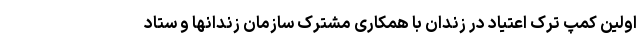
اولین کمپ ترک اعتیاد در زندان با همکاری مشترک سازمان زندانها و ستاد